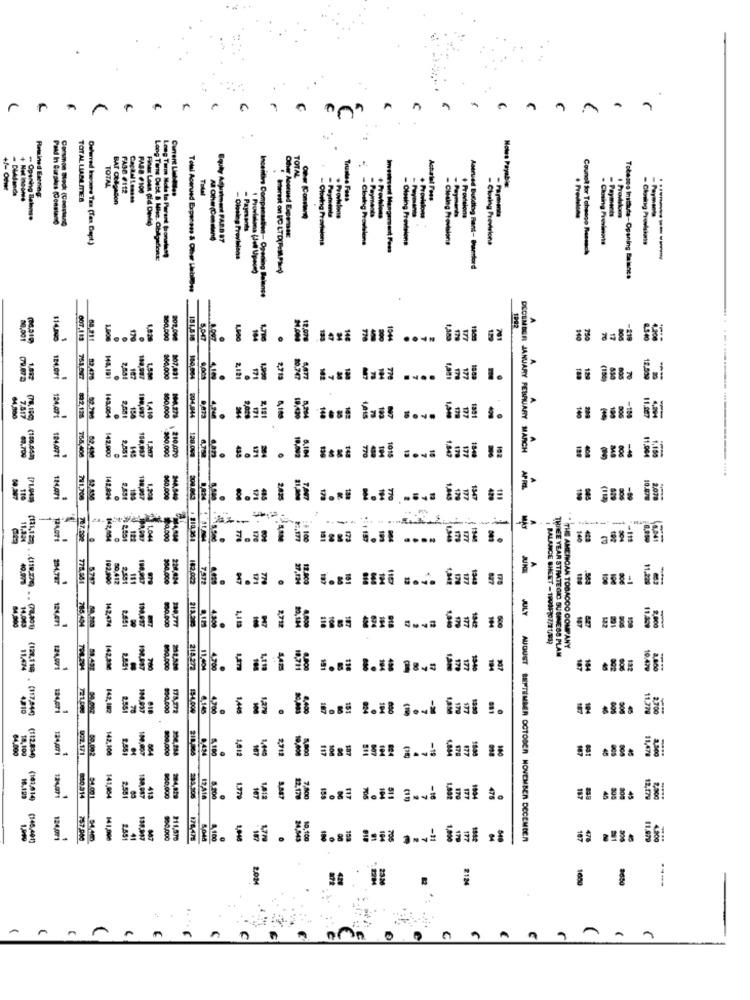
.
r
A
..
TOTAL
TOTAL
+/- Ouwe
FASE #112
FARB F100
Current Lines ..
Howes Payable:
Retained Exning:
TOTAL LLAMA MER
BAT OREJASOn
Caraal Lesses
Trustse Fans
Astatt Fees
. Provisions
+ Provisions
- Opening Balme
- Payments
- Payments
+ Provisions
- Payments
+ Provisions
- Payments
Other Aperund Expenses:
- Closing Previsione
- Clesing Provisions
- Closing Previsione
- Ckying Provlakass
Counoll for Tobacco Reseach
Long Terme Debt & Wie. Oblo doRe:
Long Term Note Io Parent Boneless
- Closing Provisions
Astrued Buiding Bant- Bamford
Tobacco Insthuta-Opening Balance
Total Acerusd Expenans & Other Lables
Incentina Comparsatien- Opening Balance
1992
80,001
007.115
68.211
860,500
202,000
5.047
184
12,070
179
** *= 8
17
-219
-
1.847
02.475
143,191
107,031
4.10
2,121
171
2,713
177
204,944
8,185
4.300
7,517
392,125
02.790
145,004
2,551
198
1,410
150,000
100,275
171
2,121
-
11,807
142,900
149
108,957
300,000
128.0V0
DECEMBER JANUARY FEBRUARY MARCH
1.150
(180,542)
114000 18.07: 124,07: 184077
765,408
2,551
210,070
102
114,071
781,700
142,824
2,55€
188,947
$60,000
2.835
(112)
-
787.292
142,054
122
1.04
776
100
140
778,951
5747
192.990
2,551
181
180,957
182,002
7572
947
171
779
129
11.220
-1
84.900
785 404
110
142.474
198.697
2718
BALANCE SHEET - 19008-807/21/839
THREE YEAR STRATE GIC BUSINESS PLAN
THE AMERICAN TOBACCO COMPANY
11,474
798.294
142.336
2.891
218272
11,404
4.700
1,119
907
187
184
992
132
10.479
4,210
(128,119 . (117,840)
124,071
142,182
78
830.000
15-4.000
4.145
4.700
1,446
. 1i
West 1.il gowk issl 1.
187
-
187
11.778
2.700
€4,000
18,100
124,071 124,071
002.171
142,100
900.000
8 484
1,012
1,449
117
-19
808
4,500
(112.850)
124,071
218,866
180
10,129
(161,614)
124,071
830,314
141,984
2,551
188.017
960,000
234,906
5.200
1.779
107
12,170
7,800
- 19
1994
187
45
12,179
(148,401)
124.071
757,900
141,008
2.451
41
100.000
211,570
8.048
100
1.048
24,543
10,100
i.si == id 1. 00al .
706
1,000
177
-- JULY AUGUST SEPTEMBER OCTOBER NOVEMBER DECEMBER
187
476
11.979
429
2124
1600
----
. . ...
A
A
n